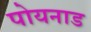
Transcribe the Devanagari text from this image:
पोयनाड